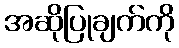
အဆိုပြုချက်ကို